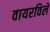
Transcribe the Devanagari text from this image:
वायरविले